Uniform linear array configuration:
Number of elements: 24
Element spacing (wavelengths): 1
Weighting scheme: uniform
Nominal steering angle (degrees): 30
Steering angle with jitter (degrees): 30.071
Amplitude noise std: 0.05
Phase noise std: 0.05

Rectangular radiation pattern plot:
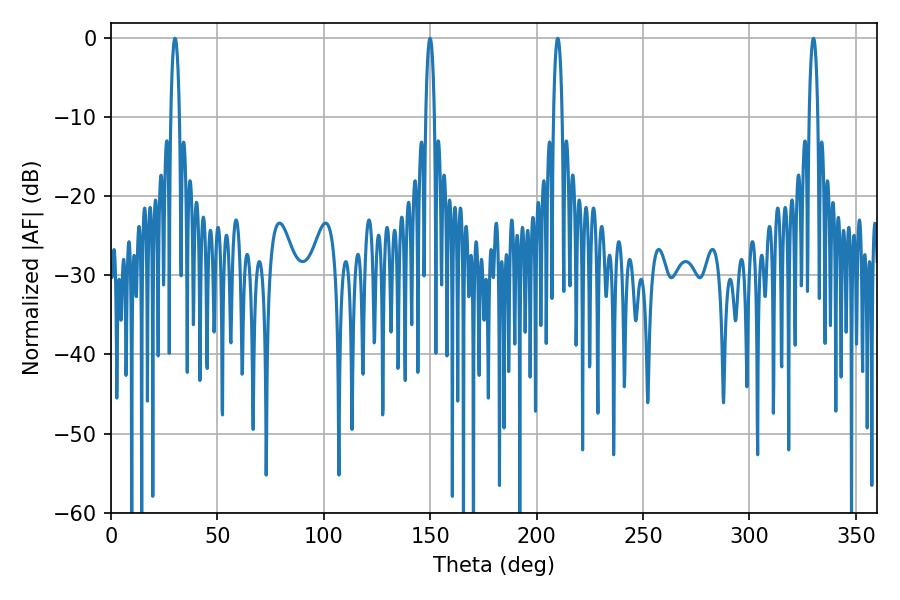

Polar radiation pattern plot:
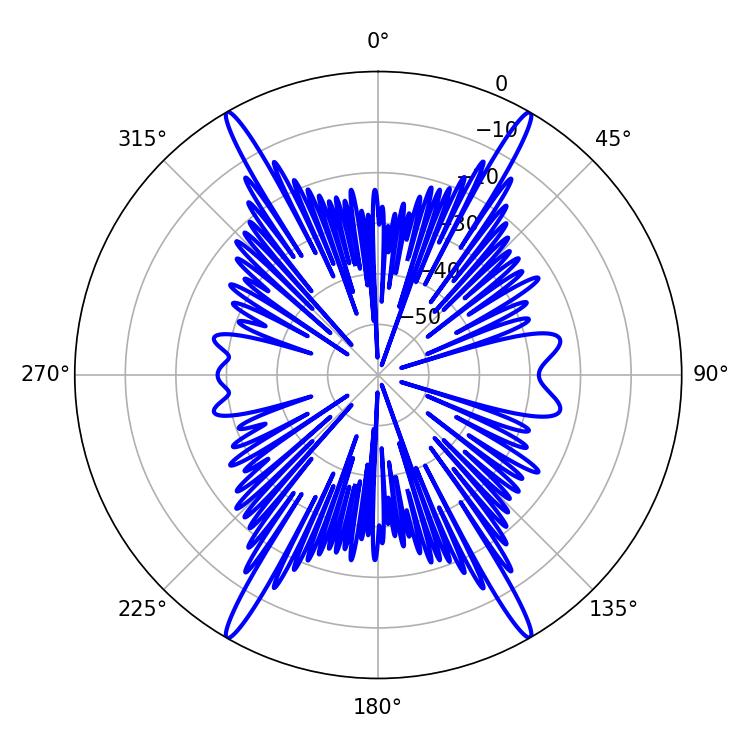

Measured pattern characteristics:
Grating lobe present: TRUE
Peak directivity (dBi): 32.539
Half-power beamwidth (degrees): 2.16
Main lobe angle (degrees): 30.06